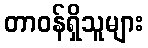
တာဝန်ရှိသူများ